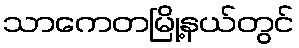
သာကေတမြို့နယ်တွင်